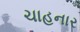
ચાહનાર